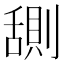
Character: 𬜊